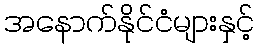
အနောက်နိုင်ငံများနှင့်